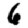
Digit: 6